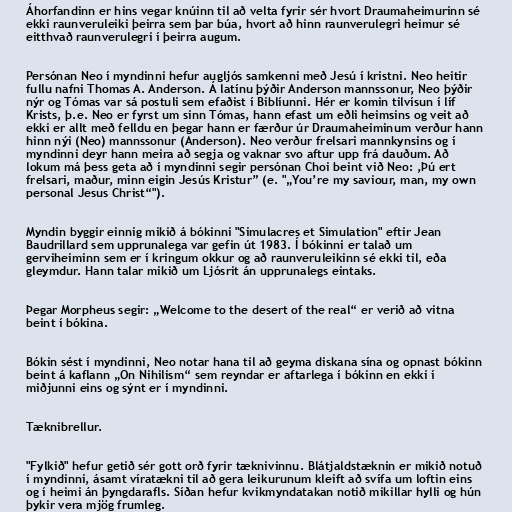
Áhorfandinn er hins vegar knúinn til að velta fyrir sér hvort Draumaheimurinn sé
ekki raunveruleiki þeirra sem þar búa, hvort að hinn raunverulegri heimur sé
eitthvað raunverulegri í þeirra augum.

Persónan Neo í myndinni hefur augljós samkenni með Jesú í kristni. Neo heitir
fullu nafni Thomas A. Anderson. Á latínu þýðir Anderson mannssonur, Neo þýðir
nýr og Tómas var sá postuli sem efaðist í Biblíunni. Hér er komin tilvísun í líf
Krists, þ.e. Neo er fyrst um sinn Tómas, hann efast um eðli heimsins og veit að
ekki er allt með felldu en þegar hann er færður úr Draumaheiminum verður hann
hinn nýi (Neo) mannssonur (Anderson). Neo verður frelsari mannkynsins og í
myndinni deyr hann meira að segja og vaknar svo aftur upp frá dauðum. Að
lokum má þess geta að í myndinni segir persónan Choi beint við Neo: ,Þú ert
frelsari, maður, minn eigin Jesús Kristur” (e. "„You’re my saviour, man, my own
personal Jesus Christ“").

Myndin byggir einnig mikið á bókinni "Simulacres et Simulation" eftir Jean
Baudrillard sem upprunalega var gefin út 1983. Í bókinni er talað um
gerviheiminn sem er í kringum okkur og að raunveruleikinn sé ekki til, eða
gleymdur. Hann talar mikið um Ljósrit án upprunalegs eintaks.

Þegar Morpheus segir: „Welcome to the desert of the real“ er verið að vitna
beint í bókina.

Bókin sést í myndinni, Neo notar hana til að geyma diskana sína og opnast bókinn
beint á kaflann „On Nihilism“ sem reyndar er aftarlega í bókinn en ekki í
miðjunni eins og sýnt er í myndinni.

Tæknibrellur.

"Fylkið" hefur getið sér gott orð fyrir tæknivinnu. Blátjaldstæknin er mikið notuð
í myndinni, ásamt víratækni til að gera leikurunum kleift að svífa um loftin eins
og í heimi án þyngdarafls. Síðan hefur kvikmyndatakan notið mikillar hylli og hún
þykir vera mjög frumleg.